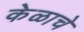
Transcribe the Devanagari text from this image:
केळाचे